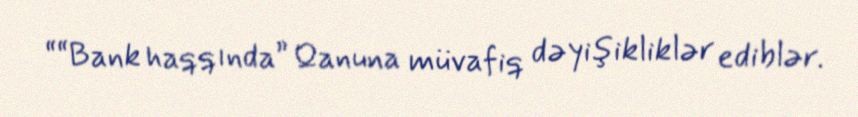
““Bank haqqında” Qanuna müvafiq dəyişikliklər ediblər.